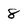
Character: 8